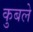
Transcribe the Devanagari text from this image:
कुबले